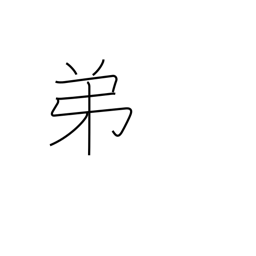
Meaning: younger brother